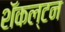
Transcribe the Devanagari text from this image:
शॅकल्टन